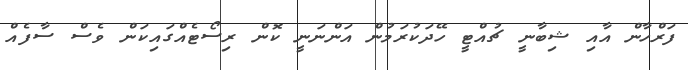
ފަރްހާން އާއި ޝިބާނީ ޗުއްޓީ ހޭދަކުރަމުން އަންނަނީ ކޮން ރިސޯޓެއްގައިކަން ވެސް ސާފެއް